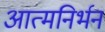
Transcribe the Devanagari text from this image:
आत्मनिर्भन